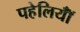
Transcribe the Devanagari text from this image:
पहेलियॉंँ